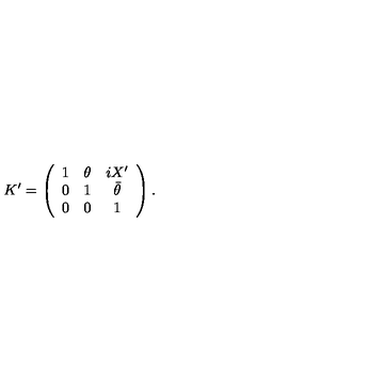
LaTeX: K ^ { \prime } = \left( \begin{array} { c c c } { 1 } & { \theta } & { i X ^ { \prime } } \\ { 0 } & { 1 } & { \bar { \theta } } \\ { 0 } & { 0 } & { 1 } \\ \end{array} \right) .